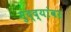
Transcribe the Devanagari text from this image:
मुद्‌द्‌यांवर